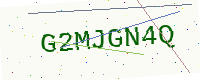
Text: G2MJGN4Q